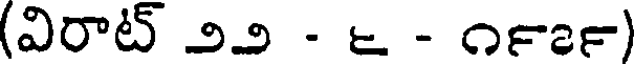
(విరాట్ ౨౨ - ౬ - ౧౯౭౯)